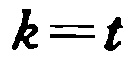
\(k = t\)